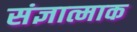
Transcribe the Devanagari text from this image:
संज्ञात्माक